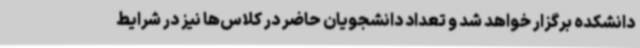
دانشکده برگزار خواهد شد و تعداد دانشجویان حاضر در کلاس‌ها نیز در شرایط